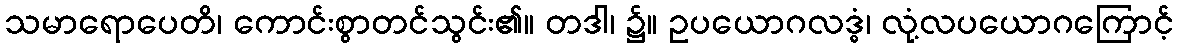
သမာရောပေတိ၊ ကောင်းစွာတင်သွင်း၏။ တဒါ၊ ၌။ ဥပယောဂလဒ္ဓံ၊ လုံ့လပယောဂကြောင့်